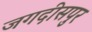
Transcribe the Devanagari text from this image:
जगदीसपुर